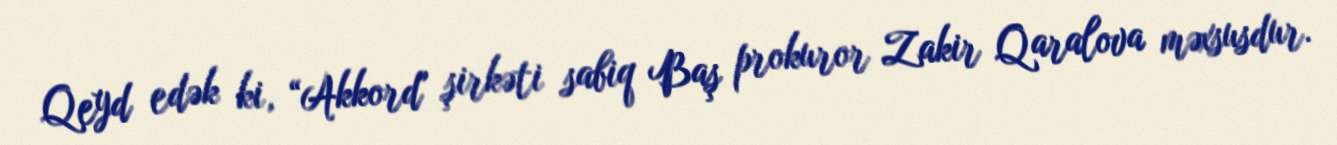
Qeyd edək ki, “Akkord" şirkəti sabiq Baş prokuror Zakir Qaralova məxsusdur.